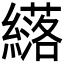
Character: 𫄈